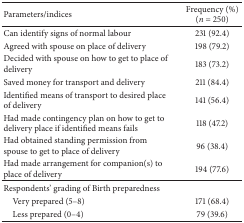
| Parameters/indices | Frequency (%)(n = 250) |
 | --- | --- |
 | Can identify signs of normal labour | 231 (92.4) |
 | Agreed with spouse on place of delivery | 198 (79.2) |
 | Decided with spouse on how to get to place of delivery | 183 (73.2) |
 | Saved money for transport and delivery | 211 (84.4) |
 | Identified means of transport to desired place of delivery | 141 (56.4) |
 | Had made contingency plan on how to get to delivery place if identified means fails | 118 (47.2) |
 | Had obtained standing permission from spouse to get to place of delivery | 96 (38.4) |
 | Had made arrangement for companion(s) to place of delivery | 194 (77.6) |
 | Respondents' grading of Birth preparedness |  |
 | Very prepared (5–8) | 171 (68.4) |
 | Less prepared (0–4) | 79 (39.6) |